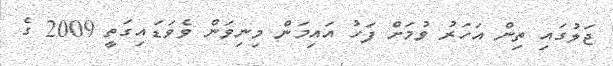
ޖަލުގައި ތިން އަހަރު ވުމަށް ފަހު އައިމަން މިނިވަން ވެވަޑައިގަތީ 2009 ގެ